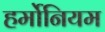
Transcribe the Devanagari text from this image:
हर्मोनियम